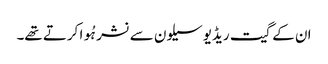
ان کے گیت ریڈیو سیلون سے نشر ہُوا کرتے تھے۔